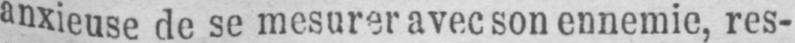
anxieuse de se mesurer avec son ennemie, res-